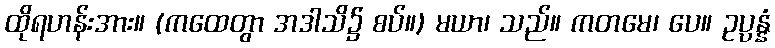
ထိုရဟန်းအား။ (ကထေတွာ အဒါသိ၌ စပ်။) မယာ၊ သည်။ ကတမေ၊ ပေ။ ဥပ္ပန္နံ